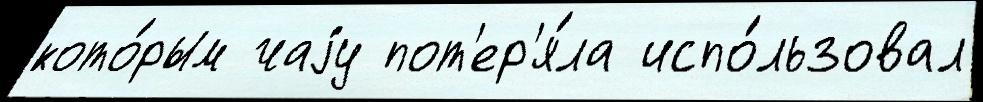
кото́рым чаjу пот'ер'я́ла испо́льзовал